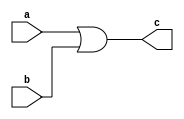
`timescale 1ns / 1ps

// Design Name: 
// Module Name: bitwise_OR\\\\
// Project Name: 



module bitwise_OR(
input [31:0]a,b,
output [31:0]c
    );
    assign c = a | b;
endmodule